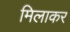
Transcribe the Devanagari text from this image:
मिलाकर